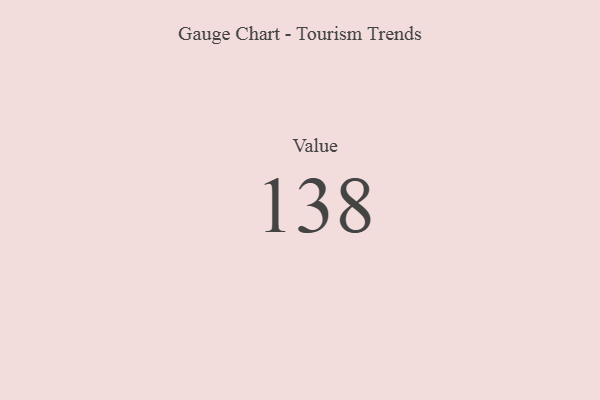
{"axis": {"x": "Metric", "y": "Value"}, "legend": [""], "data": [{"x": "Value", "y": 138, "type": ""}]}